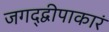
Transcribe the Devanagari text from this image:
जगद्द्वीपाकारं